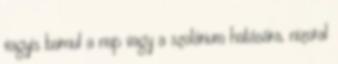
vagyis barnul a nap vagy a szolárium hatására, nizoral